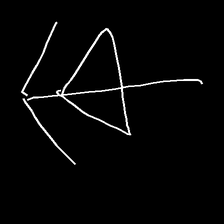
Glyph: pull